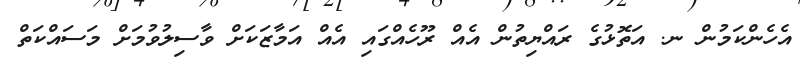
އެހެންކަމުން ނ. އަތޮޅުގެ ރައްޔިތުން އެއް ރޫހެއްގައި އެއް އަމާޒަކަށް ވާސިލުވުމަށް މަސައްކަތް